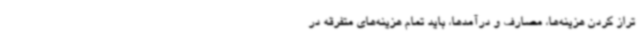
تراز کردن هزینه‌ها، مصارف و درآمدها، باید تمام هزینه‌های متفرقه در